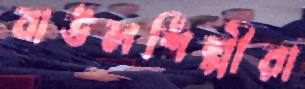
বাউলশিল্পীরা